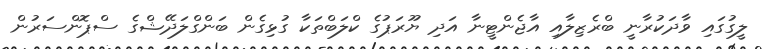
ލީގުގައި ވާދަކުރާނީ ބްރެޒިލާއި އާޖެންޓީނާ އަދި ޔޫރަޕުގެ ކްލަބްތަކާ ގުޅިގެން ބަންގްލަދޭޝްގެ ސްޕޮންސަރުން